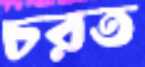
চরত